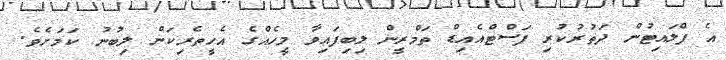
އެ ފްލައިޓުން ދަތުރުކުރި ފަސްޓްއެއިޑް ތަމްރީން ލިބިފައިވާ މީހެއްގެ އެހީތެރިކަން ލިބުނު ކަމަށެވެ.